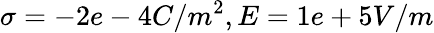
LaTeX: \sigma=-2e-4C/m^{2},E=1e+5V/m